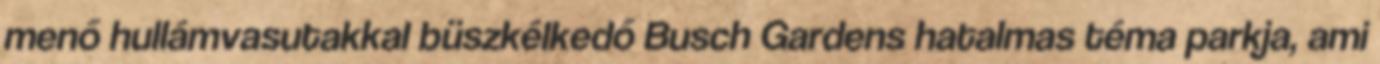
menő hullámvasutakkal büszkélkedő Busch Gardens hatalmas téma parkja, ami